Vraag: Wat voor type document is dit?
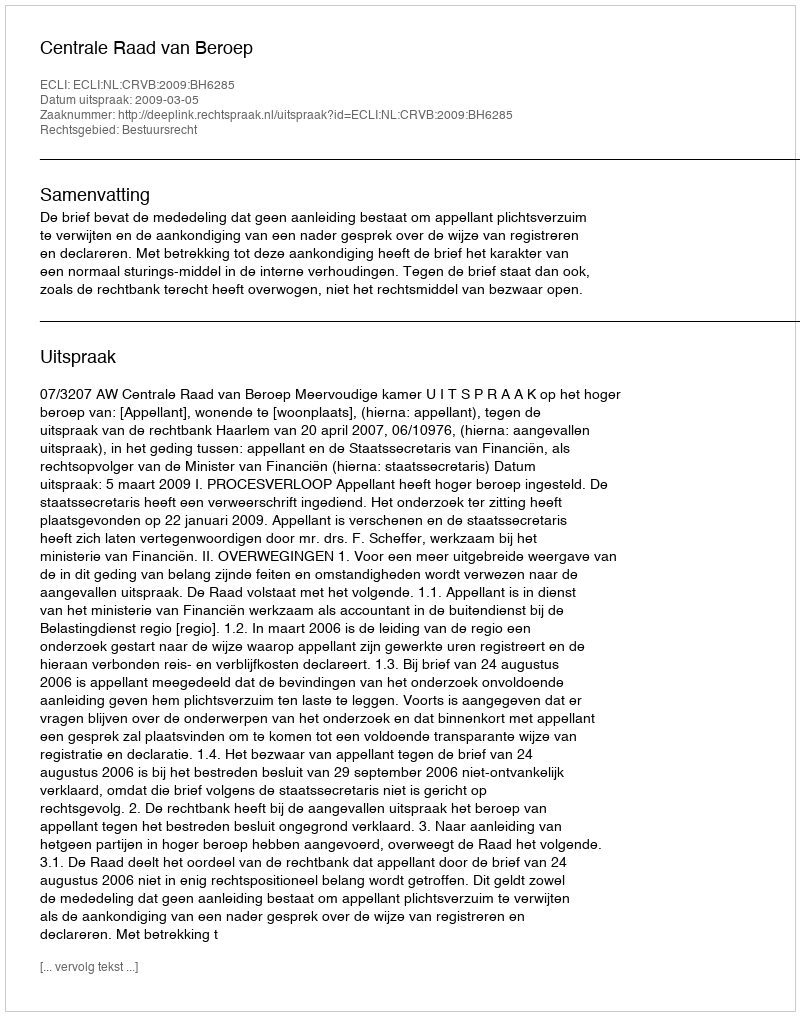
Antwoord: Uitspraak